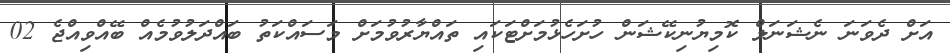
އަށް ދެވަނަ ނެޝަނަލް ކޮމިޔުނިކޭޝަން ހުށަހެޅުމަށްޓަކައި ތައްޔާރުވުމަށް މަސައްކަތު ބައްދަލުވުމެއް ބޭއްވިއްޖެ 02